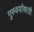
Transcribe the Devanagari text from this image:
गुरुवर्यांसाठी